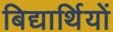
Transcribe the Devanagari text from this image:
बिद्यार्थियों